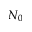
N _ { 0 }